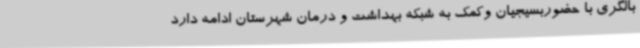
بالگری با حضوربسیجیان وکمک به شبکه بهداشت و درمان شهرستان ادامه دارد